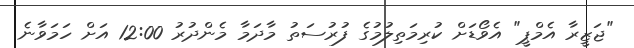
"ޖަޒީރާ އެމްޕީ" އެވޯޑަށް ކުރިމަތިލުމުގެ ފުރުސަތު މާދަމާ މެންދުރު 12:00 އަށް ހަމަވާނެ